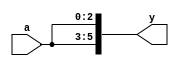
/* Generated by Yosys 0.9 (git sha1 1979e0b) */

module mult8(a, y);
  input [2:0] a;
  output [5:0] y;
  assign y = { a, a };
endmodule